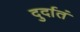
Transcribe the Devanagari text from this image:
दुर्दातं